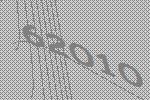
62010